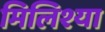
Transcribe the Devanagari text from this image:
मिलिश्या